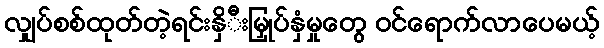
လျှပ်စစ်ထုတ်တဲ့ရင်းနှိီးမြှုပ်နှံမှုတွေ ဝင်ရောက်လာပေမယ့်